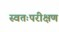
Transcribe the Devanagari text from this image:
स्वतःपरीक्षण